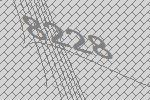
8228